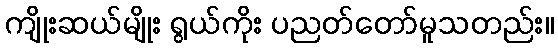
ကျိုးဆယ်မျိုး ရွယ်ကိုး ပညတ်တော်မူသတည်း။